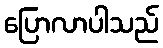
ပြောလာပါသည်